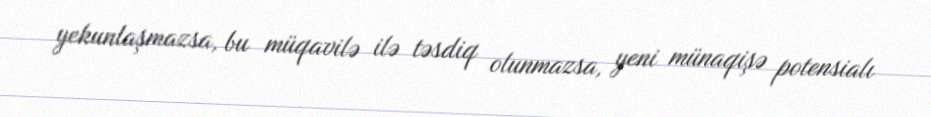
yekunlaşmazsa, bu müqavilə ilə təsdiq olunmazsa, yeni münaqişə potensialı